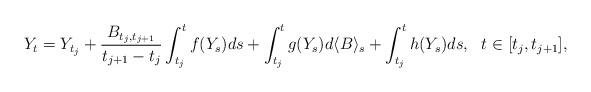
LaTeX: \begin{align*}Y_t=Y_{t_j}+\frac{B_{t_j,t_{j+1}}}{t_{j+1}-t_j} \int_{t_j}^tf(Y_s)ds + \int_{t_j}^t g(Y_s)d\langle B\rangle_s + \int_{t_j}^th(Y_s)ds,\ \ t\in[t_j,t_{j+1}],\end{align*}